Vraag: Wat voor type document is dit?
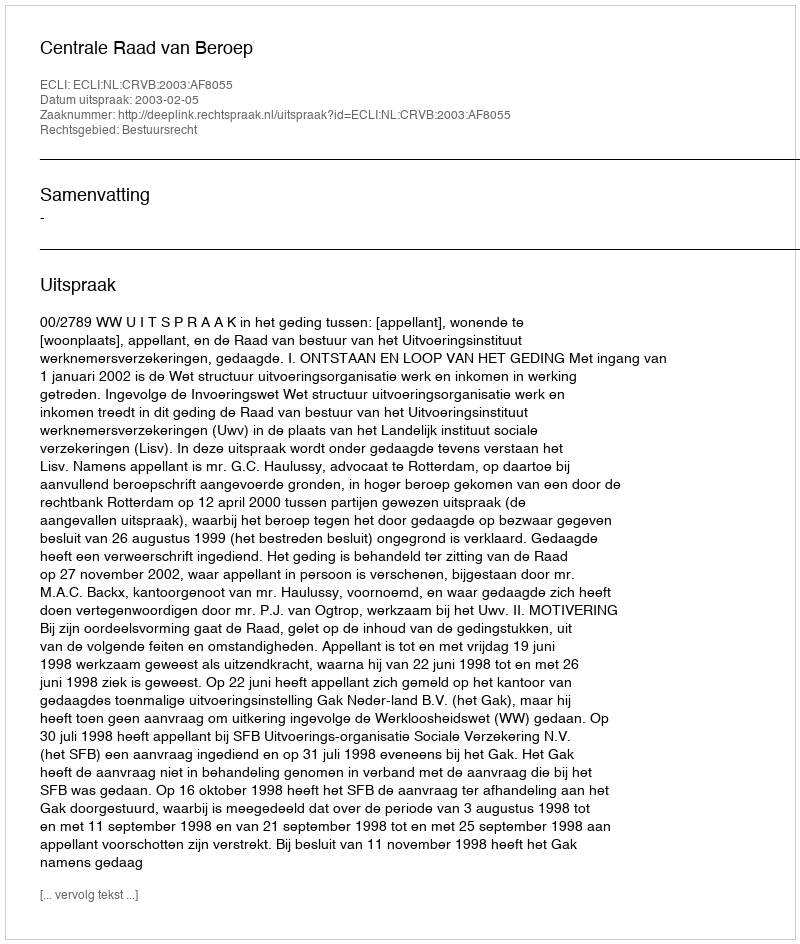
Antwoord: Uitspraak